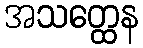
အသတ္ထေန